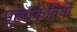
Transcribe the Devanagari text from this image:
मुखाकृतियों